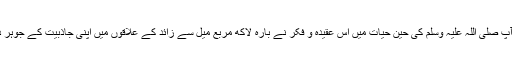
کیونکہ آپ صلی اللہ علیہ وسلم کی حین ِحیات میں اس عقیدہ و فکر نے بارہ لاکھ مربع میل سے زائد کے علاقوں میں اپنی جاذبیت کے جوہر دکھائے۔